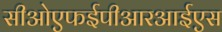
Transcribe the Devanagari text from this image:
सीओएफईपीआरआईएस